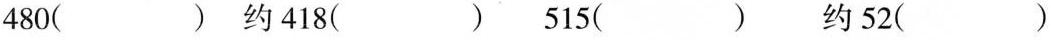
480（ ） 约418（ ） 515（ ） 约52（ ）